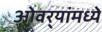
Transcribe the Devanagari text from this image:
ओवर्‍यांमध्ये